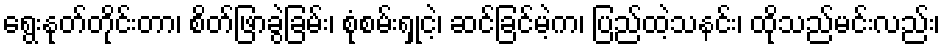
ရွေးနုတ်တိုင်းတာ၊ စိတ်ဖြာခွဲခြမ်း၊ စုံစမ်းရှုငဲ့၊ ဆင်ခြင်မဲ့က၊ ပြည်ထဲ့သနင်း၊ ထိုသည်မင်းလည်း၊